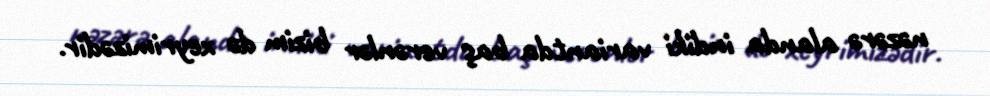
nəzərə alanda indiki variantda baş verənlər bizim də xeyrimizədir.